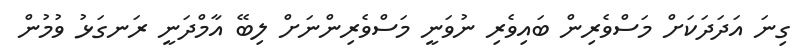
ގިނަ އަދަދަކަށް މަސްވެރިން ބައިވެރި ނުވަނީ މަސްވެރިންނަށް ލިބޭ އާމްދަނީ ރަނގަޅު ވުމުން